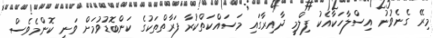
މިރޭ ގެނެވުނު އިސްލާހަކާއެކު ފިލްމީ ދާއިރާގައި މަސައްކަތްކުރާ ފަރާތްތަކުގެ ކަންބޮޑުވުމަށް ވަނީ ކޮންމެވެސް